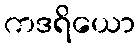
ကဒရိယော